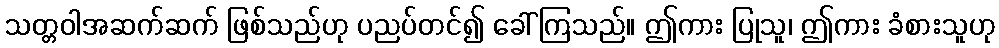
သတ္တဝါအဆက်ဆက် ဖြစ်သည်ဟု ပညပ်တင်၍ ခေါ်ကြသည်။ ဤကား ပြုသူ၊ ဤကား ခံစားသူဟု